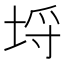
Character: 埒